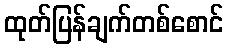
ထုတ်ပြန်ချက်တစ်စောင်